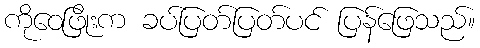
ကိုဝေဖြိုးက ခပ်ပြတ်ပြတ်ပင် ပြန်ဖြေသည်။